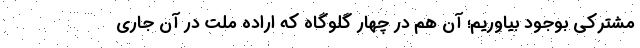
مشترکی بوجود بیاوریم؛ آن هم در چهار گلوگاه که اراده ملت در آن جاری